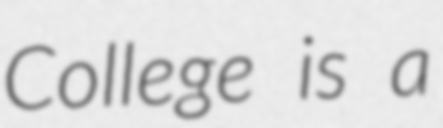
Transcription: College is a